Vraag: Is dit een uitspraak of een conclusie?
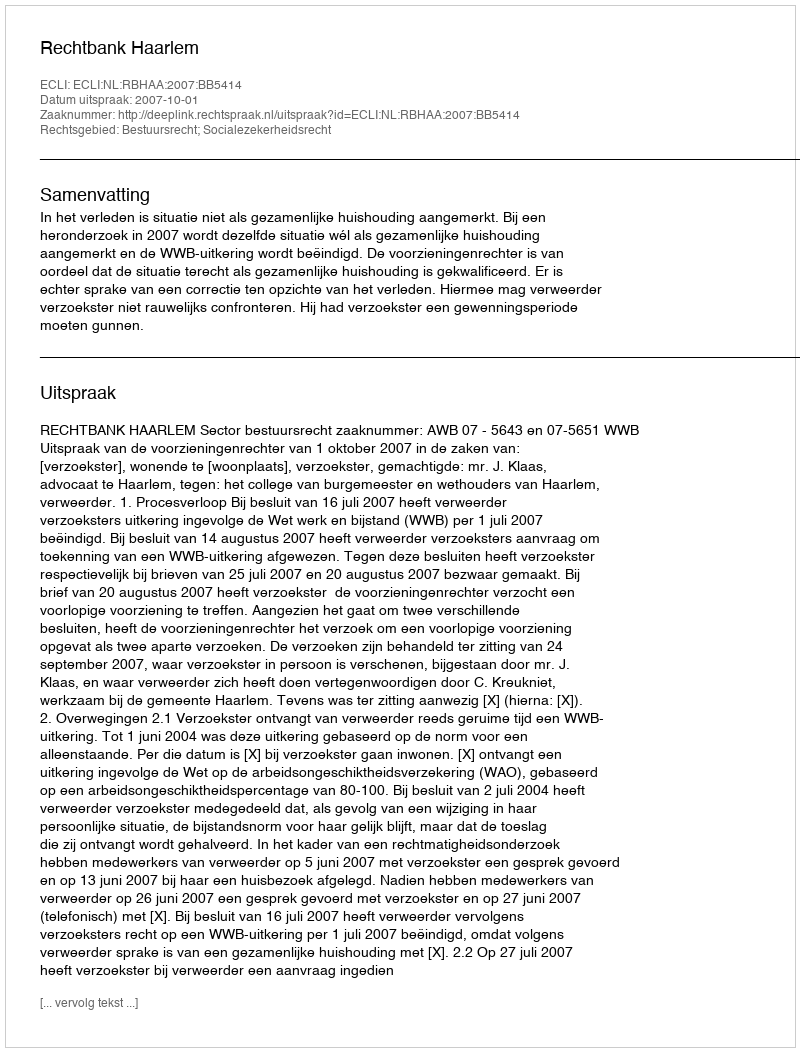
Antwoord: Uitspraak